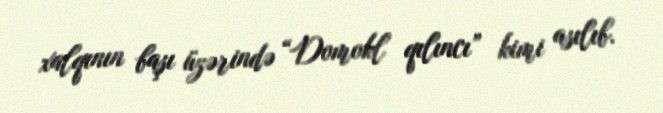
xalqının başı üzərində “Domokl qılıncı” kimi asılıb.